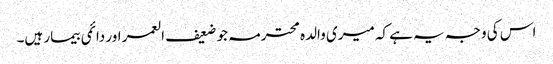
اس کی وجہ یہ ہے کہ میری والدہ محترمہ جو ضعیف العمر اور دائمی بیمار ہیں۔